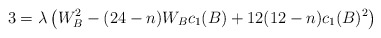
\begin{align*}3 = \lambda \left( W_{B}^{2}- (24-n)W_{B}c_{1}(B)+ 12(12-n)c_{1}(B)^{2} \right)\end{align*}